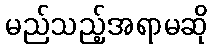
မည်သည့်အရာမဆို